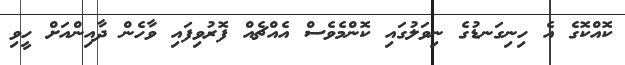
ކޮއްކޮގެ އެ ހިނިގަނޑުގެ ނިވަލުގައި ކޮންމެވެސް އެއްޗެއް ފޮރުވިފައި ވާހެން ދާއިންއަށް ހީވި